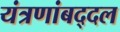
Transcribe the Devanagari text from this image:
यंत्रणांबद्दल